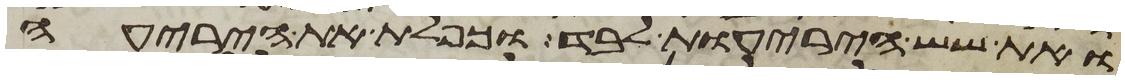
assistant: ואת שש היריעות לבד וכפלת את היריעה